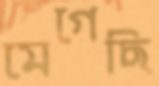
মেগেছি